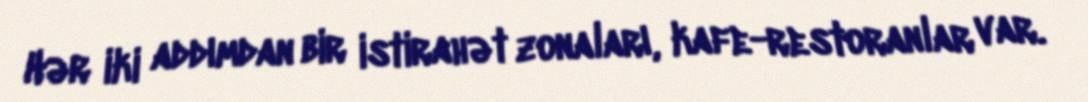
Hər iki addımdan bir istirahət zonaları, kafe-restoranlar var.